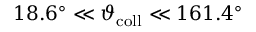
1 8 . 6 ^ { \circ } \ll \vartheta _ { \mathrm { c o l l } } \ll 1 6 1 . 4 ^ { \circ }